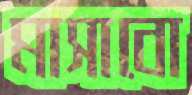
মাসাবো